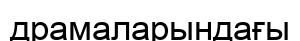
драмаларындағы